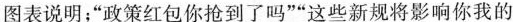
图表说明；”政策红包你抢到了吗””这些新规将影响你我的